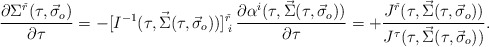
\begin{align*}\frac{\partial\Sigma^{\check{r}}(\tau,\vec{\sigma}_o)}{\partial\tau} = -[I^{-1}(\tau,\vec{\Sigma}(\tau,\vec{\sigma}_o))]^{\check{r}}_{\;i}\,\frac{\partial\alpha^i(\tau,\vec{\Sigma}(\tau,\vec{\sigma}_o))}{\partial\tau}= + \frac{J^{\check{r}}(\tau,\vec{\Sigma}(\tau,\vec{\sigma}_o))}{J^\tau(\tau,\vec{\Sigma}(\tau,\vec{\sigma}_o))}. \end{align*}